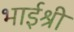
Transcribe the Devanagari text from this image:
भाईश्री